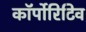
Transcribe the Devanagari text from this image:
कॉर्पोरिटिव